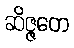
ဆိဇ္ဇတေ